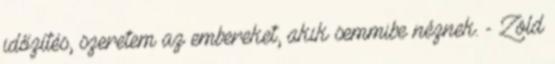
időzítés, szeretem az embereket, akik semmibe néznek. - Zöld